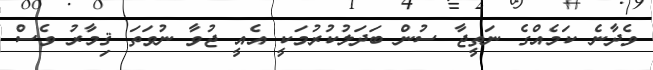
ވެދާނެ ކަމެއްގެ ނަތީޖާ ސުން ބަދަލުކުރުމަކީ އެއީ ޖުވާ ނުވަތަ ޤިމާރު ވެސް